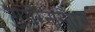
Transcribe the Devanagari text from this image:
टायरैनोसौरस